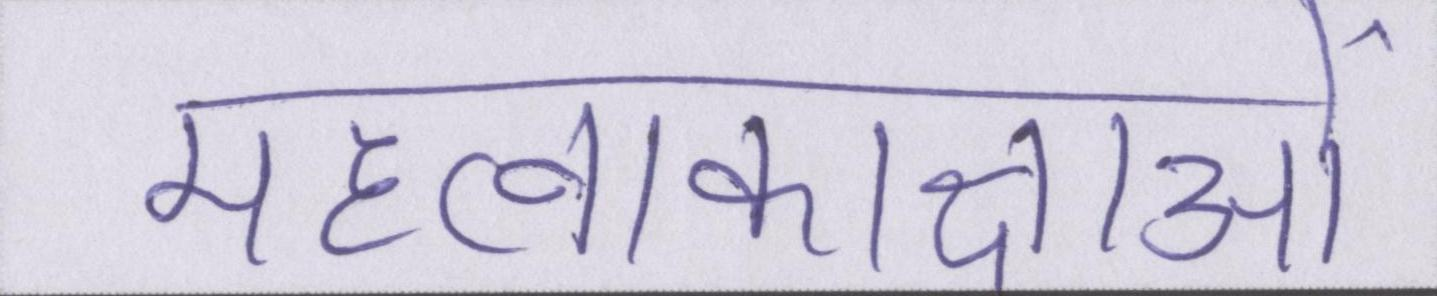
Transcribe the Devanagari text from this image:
महत्वाकाक्षाओं